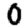
Digit: 0